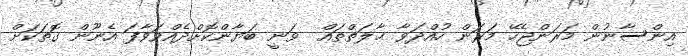
އިންސާނުން މަރަންޖެހޭ މަރަން ހުއްދަވާ ޙާލަތްތައް  ވަނީ ބަޔާންކޮށްދެއްވަވާފަ އެނޫން ގޮތަކަށް